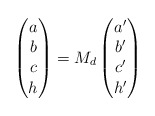
\begin{align*}\begin{pmatrix} a \\ b \\ c \\ h \end{pmatrix}=M_d\begin{pmatrix} a' \\ b' \\ c' \\ h' \end{pmatrix}\end{align*}